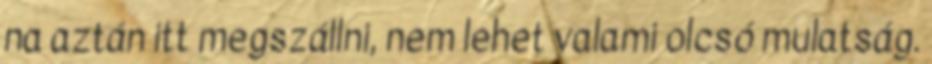
na aztán itt megszállni, nem lehet valami olcsó mulatság.